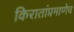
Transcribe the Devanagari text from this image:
किरातांप्रमाणेच